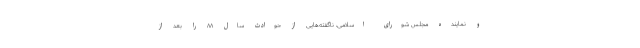
و نماینده مجلس شورای اسلامی، ناگفته‌هایی از حوادث سال ۸۸ را بعد از